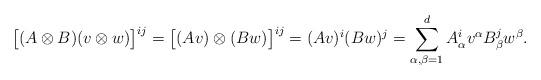
LaTeX: \begin{align*} \big[(A \otimes B)(v \otimes w)\big]^{ij} = \big[(Av) \otimes (Bw)\big]^{ij} = (Av)^i(Bw)^j = \sum_{\alpha,\beta=1}^{d} A^i_\alpha v^\alpha B^j_\beta w^\beta.\end{align*}